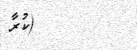
١٨         (ކުރާ